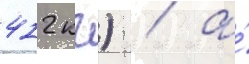
412 кг) / а́